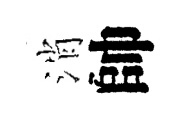
消帥